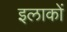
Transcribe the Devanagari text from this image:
इलाकाें